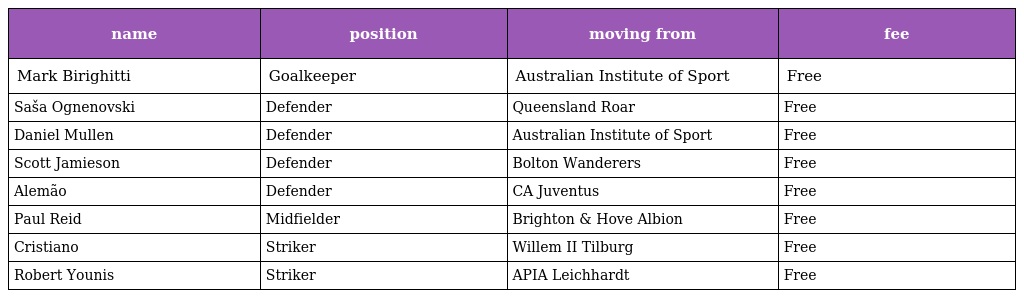
| name | position | moving from | fee |
 | --- | --- | --- | --- |
 | Mark Birighitti | Goalkeeper | Australian Institute of Sport | Free |
 | Saša Ognenovski | Defender | Queensland Roar | Free |
 | Daniel Mullen | Defender | Australian Institute of Sport | Free |
 | Scott Jamieson | Defender | Bolton Wanderers | Free |
 | Alemão | Defender | CA Juventus | Free |
 | Paul Reid | Midfielder | Brighton & Hove Albion | Free |
 | Cristiano | Striker | Willem II Tilburg | Free |
 | Robert Younis | Striker | APIA Leichhardt | Free |